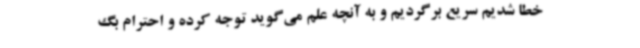
خطا شدیم سریع برگردیم و به آنچه علم می‌گوید توجه کرده و احترام بگ